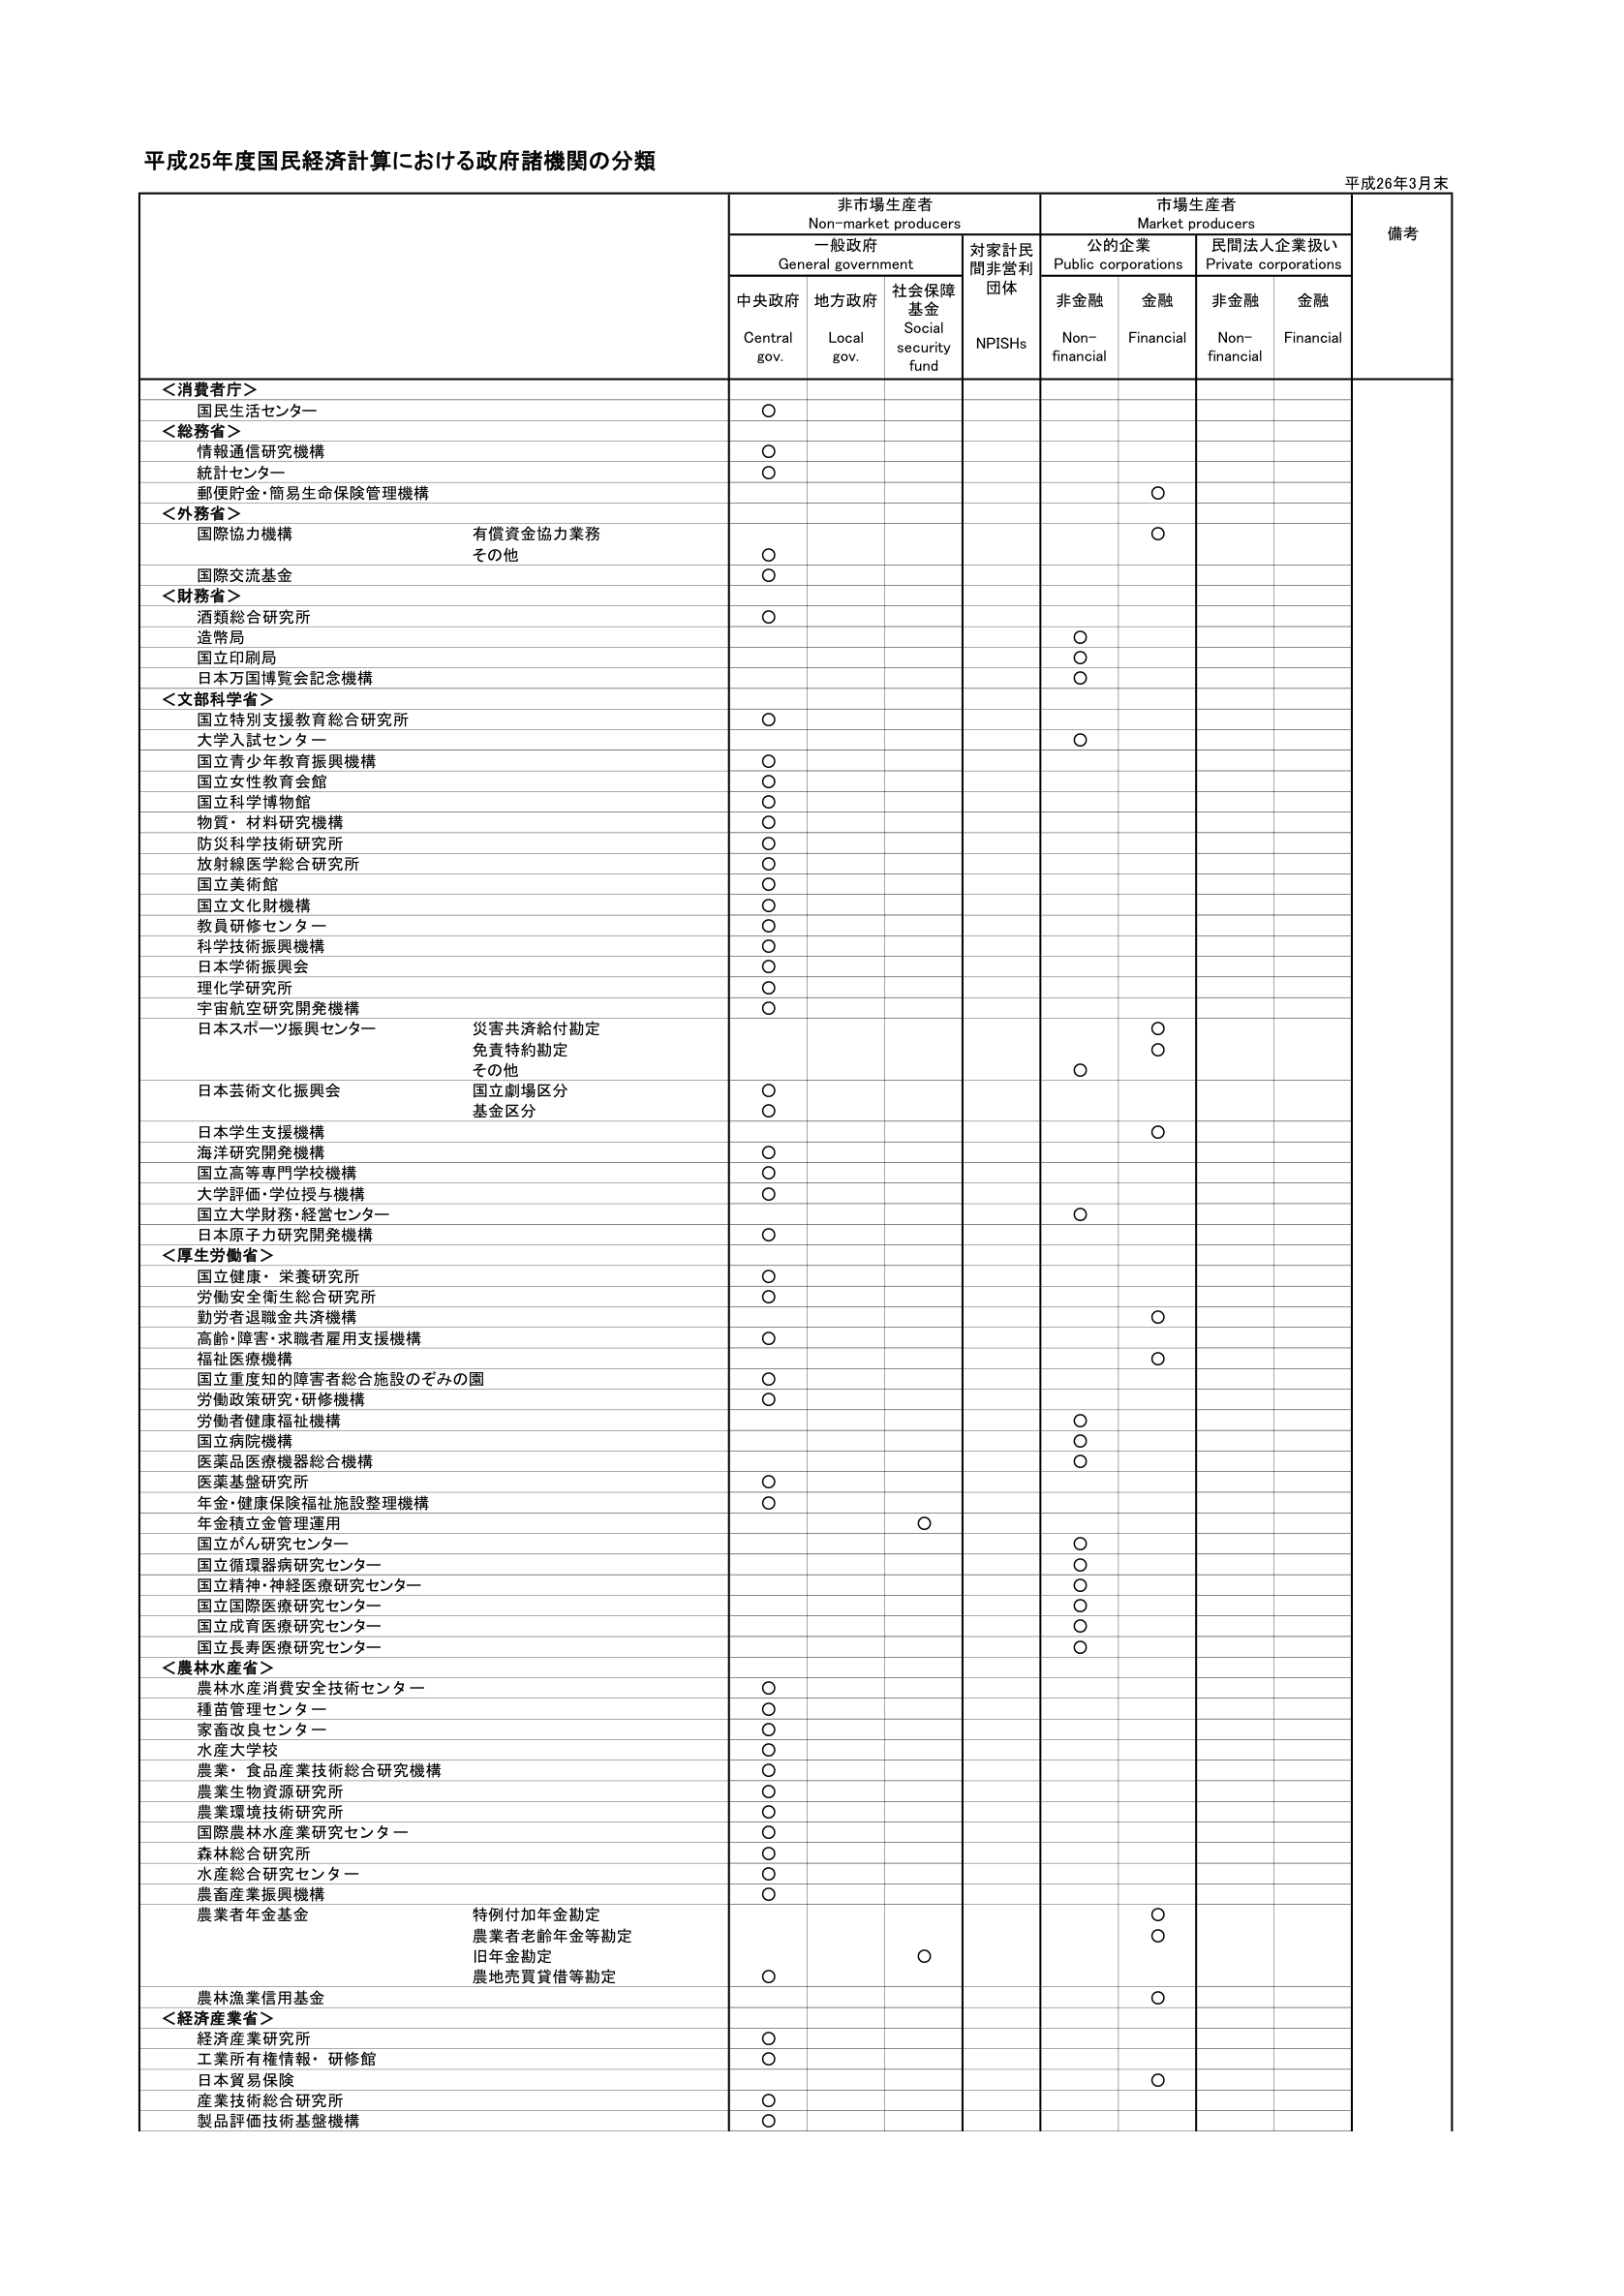
平成25年度国民経済計算における政府諸機関の分類

平成26年3月末

非市場生産者
Non-market producers

市場生産者
Market producers

備考

一般政府
General government

対家計民間非営利団体
NPISHs

公的企業
Public corporations

民間法人企業扱い
Private corporations

中央政府
Central gov.

地方政府
Local gov.

社会保障基金
Social security fund

非金融
Non-financial

金融
Financial

非金融
Non-financial

金融
Financial

＜消費者庁＞
国民生活センター
○

＜総務省＞
情報通信研究機構
○
統計センター
○
郵便貯金・簡易生命保険管理機構
○

＜外務省＞
国際協力機構
有償資金協力業務
○
その他
○
国際交流基金
○

＜財務省＞
酒類総合研究所
○
造幣局
○
国立印刷局
○
日本万国博覧会記念機構
○

＜文部科学省＞
国立特別支援教育総合研究所
○
大学入試センター
○
国立青少年教育振興機構
○
国立女性教育会館
○
国立科学博物館
○
物質・材料研究機構
○
防災科学技術研究所
○
放射線医学総合研究所
○
国立美術館
○
国立文化財機構
○
教員研修センター
○
科学技術振興機構
○
日本学術振興会
○
理化学研究所
○
宇宙航空研究開発機構
○
日本スポーツ振興センター
災害共済給付勘定
○
免責特約勘定
○
その他
○
日本芸術文化振興会
国立劇場区分
○
基金区分
○
日本学生支援機構
○
海洋研究開発機構
○
国立高等専門学校機構
○
大学評価・学位授与機構
○
国立大学財務・経営センター
○
日本原子力研究開発機構
○

＜厚生労働省＞
国立健康・栄養研究所
○
労働安全衛生総合研究所
○
勤労者退職金共済機構
○
高齢・障害・求職者雇用支援機構
○
福祉医療機構
○
国立重度知的障害者総合施設のぞみの園
○
労働政策研究・研修機構
○
労働者健康福祉機構
○
国立病院機構
○
医薬品医療機器総合機構
○
医薬基盤研究所
○
年金・健康保険福祉施設整理機構
○
年金積立金管理運用
○
国立がん研究センター
○
国立循環器病研究センター
○
国立精神・神経医療研究センター
○
国立国際医療研究センター
○
国立成育医療研究センター
○
国立長寿医療研究センター
○

＜農林水産省＞
農林水産消費安全技術センター
○
種苗管理センター
○
家畜改良センター
○
水産大学校
○
農業・食品産業技術総合研究機構
○
農業生物資源研究所
○
農業環境技術研究所
○
国際農林水産業研究センター
○
森林総合研究所
○
水産総合研究センター
○
農畜産業振興機構
○
農業者年金基金
特例付加年金勘定
○
農業者老齢年金等勘定
○
旧年金勘定
○
農地売買貸借等勘定
○
農林漁業信用基金
○

＜経済産業省＞
経済産業研究所
○
工業所有権情報・研修館
○
日本貿易保険
○
産業技術総合研究所
○
製品評価技術基盤機構
○